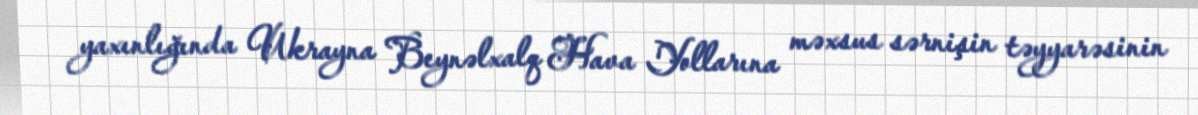
yaxınlığında Ukrayna Beynəlxalq Hava Yollarına məxsus sərnişin təyyarəsinin